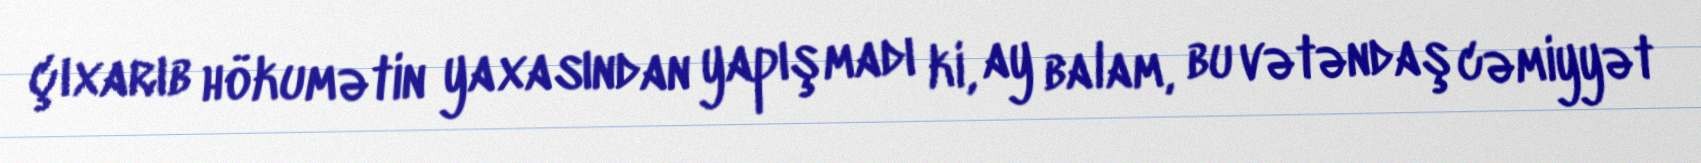
çıxarıb hökumətin yaxasından yapışmadı ki, ay balam, bu vətəndaş cəmiyyət